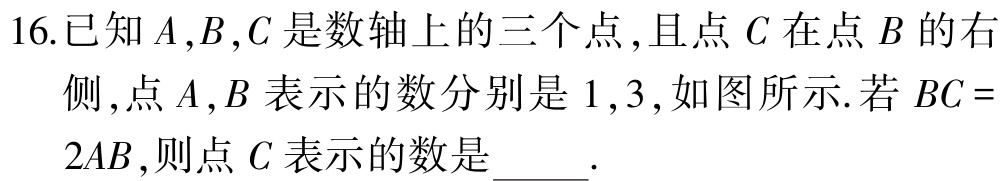
16.已知\(A,B,C\)是数轴上的三个点,且点\(C\)在点\(B\)的右

侧,点\(A,B\)表示的数分别是\(1,3\),如图所示.若\(BC =

2AB\),则点\(C\)表示的数是_____.